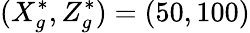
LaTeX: (X_{g}^{*},Z_{g}^{*})=(50,100)